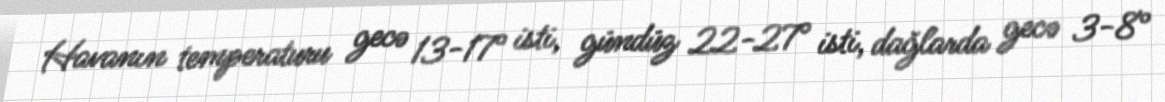
Havanın temperaturu gecə 13-17° isti, gündüz 22-27° isti, dağlarda gecə 3-8°